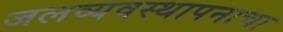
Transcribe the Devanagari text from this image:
जलव्यवस्थापनाचा